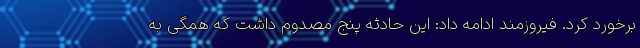
برخورد کرد. فیروزمند ادامه داد: این حادثه پنج مصدوم داشت که همگی به